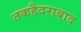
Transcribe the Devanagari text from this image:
तकहैदराबाद